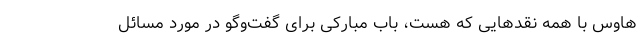
هاوس با همه نقدهایی که هست، باب مبارکی برای گفت‌و‌گو در مورد مسائل